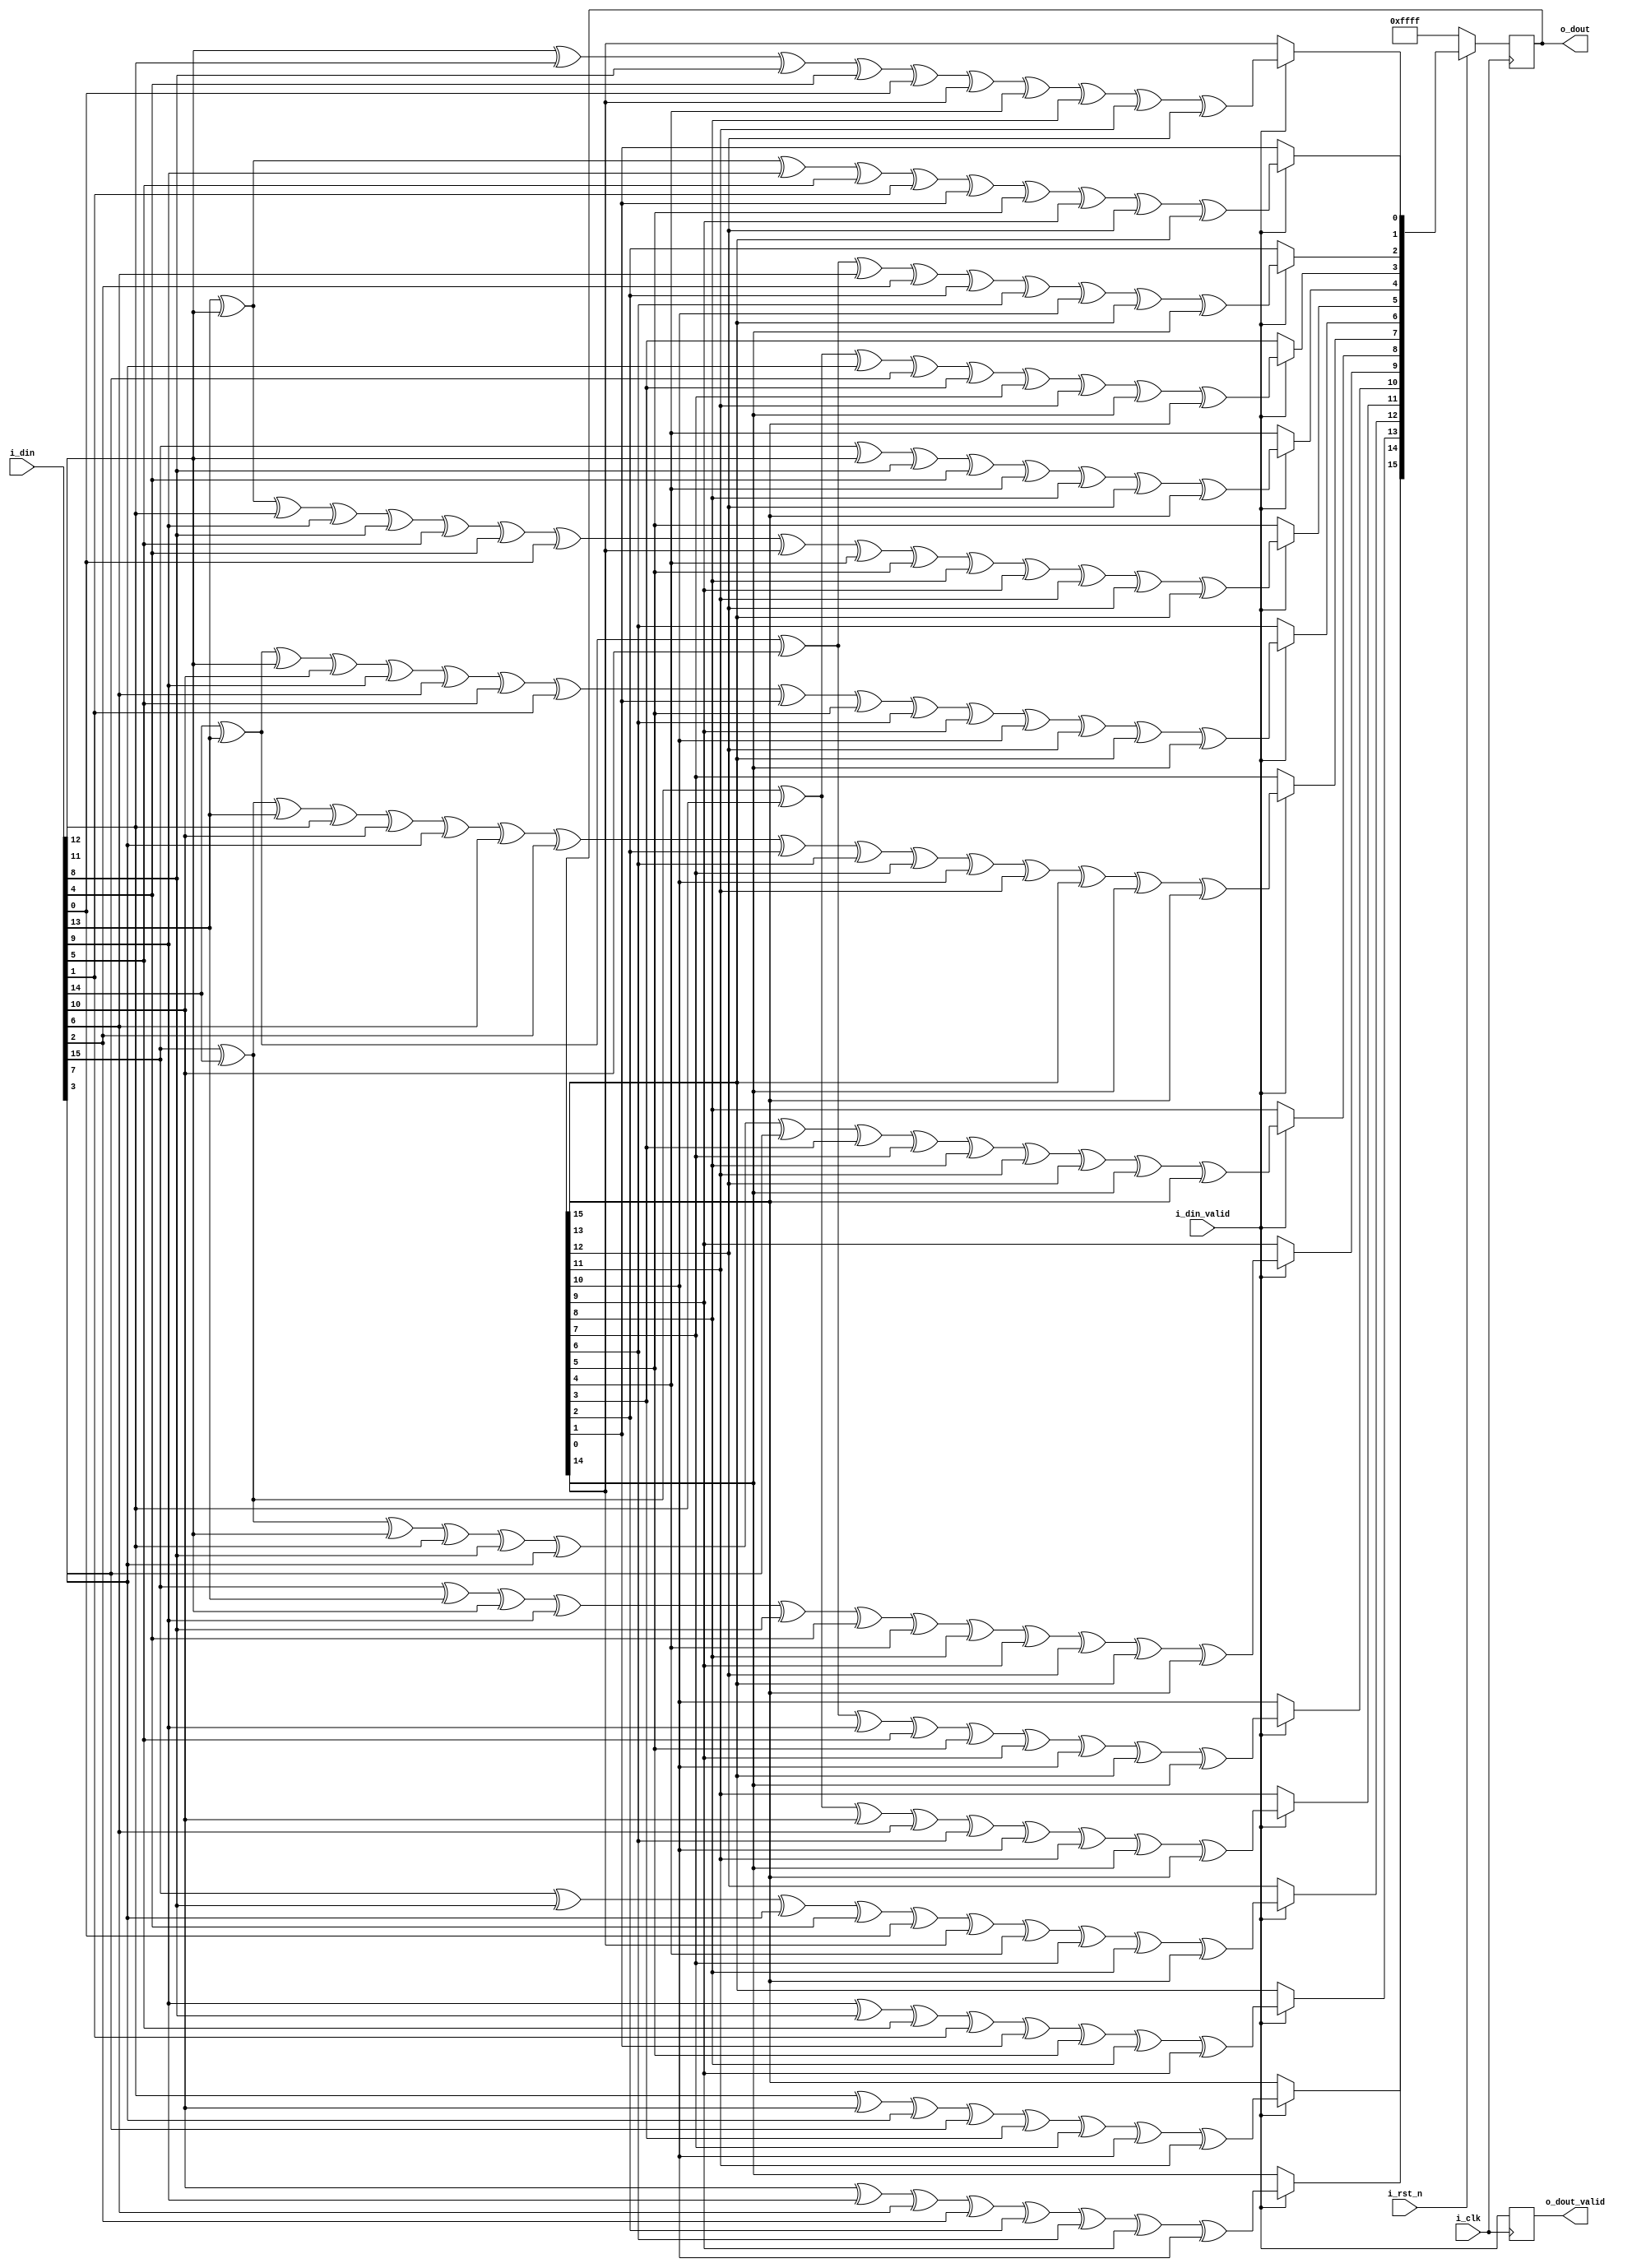
`timescale 1ns/1ns
 module CRC16(
      input     wire              i_clk                 , //
      input     wire              i_rst_n               , //
      input     wire              i_din_valid           , //
      input     wire    [15:0]    i_din                 , //
      output    wire              o_dout_valid          , //CRC
      output    wire    [15:0]    o_dout                  //CRC         
  );
 reg [15:0] r_dout;
 wire [15:0] d;
 wire [15:0] c;
 assign d = i_din;
 assign c = r_dout;
 always @(posedge i_clk) begin
     if (~i_rst_n) 
         r_dout <= 16'hffff; //ffff
     else if (i_din_valid) 
     begin //
         r_dout[0]  = d[12] ^ d[11] ^ d[8] ^ d[4] ^ d[0] ^ c[0] ^ c[4] ^ c[8] ^ c[11] ^ c[12];
         r_dout[1]  = d[13] ^ d[12] ^ d[9] ^ d[5] ^ d[1] ^ c[1] ^ c[5] ^ c[9] ^ c[12] ^ c[13];
         r_dout[2]  = d[14] ^ d[13] ^ d[10] ^ d[6] ^ d[2] ^ c[2] ^ c[6] ^ c[10] ^ c[13] ^ c[14];
         r_dout[3]  = d[15] ^ d[14] ^ d[11] ^ d[7] ^ d[3] ^ c[3] ^ c[7] ^ c[11] ^ c[14] ^ c[15];
         r_dout[4]  = d[15] ^ d[12] ^ d[8] ^ d[4] ^ c[4] ^ c[8] ^ c[12] ^ c[15];
         r_dout[5]  = d[13] ^ d[12] ^ d[11] ^ d[9] ^ d[8] ^ d[5] ^ d[4] ^ d[0] ^ c[0] ^ c[4] ^ c[5] ^ c[8] ^ c[9] ^ c[11] ^ c[12] ^ c[13];
         r_dout[6]  = d[14] ^ d[13] ^ d[12] ^ d[10] ^ d[9] ^ d[6] ^ d[5] ^ d[1] ^ c[1] ^ c[5] ^ c[6] ^ c[9] ^ c[10] ^ c[12] ^ c[13] ^ c[14];
         r_dout[7]  = d[15] ^ d[14] ^ d[13] ^ d[11] ^ d[10] ^ d[7] ^ d[6] ^ d[2] ^ c[2] ^ c[6] ^ c[7] ^ c[10] ^ c[11] ^ c[13] ^ c[14] ^ c[15];
         r_dout[8]  = d[15] ^ d[14] ^ d[12] ^ d[11] ^ d[8] ^ d[7] ^ d[3] ^ c[3] ^ c[7] ^ c[8] ^ c[11] ^ c[12] ^ c[14] ^ c[15];
         r_dout[9]  = d[15] ^ d[13] ^ d[12] ^ d[9] ^ d[8] ^ d[4] ^ c[4] ^ c[8] ^ c[9] ^ c[12] ^ c[13] ^ c[15];
         r_dout[10] = d[14] ^ d[13] ^ d[10] ^ d[9] ^ d[5] ^ c[5] ^ c[9] ^ c[10] ^ c[13] ^ c[14];
         r_dout[11] = d[15] ^ d[14] ^ d[11] ^ d[10] ^ d[6] ^ c[6] ^ c[10] ^ c[11] ^ c[14] ^ c[15];
         r_dout[12] = d[15] ^ d[8] ^ d[7] ^ d[4] ^ d[0] ^ c[0] ^ c[4] ^ c[7] ^ c[8] ^ c[15];
         r_dout[13] = d[9] ^ d[8] ^ d[5] ^ d[1] ^ c[1] ^ c[5] ^ c[8] ^ c[9];
         r_dout[14] = d[10] ^ d[9] ^ d[6] ^ d[2] ^ c[2] ^ c[6] ^ c[9] ^ c[10];
         r_dout[15] = d[11] ^ d[10] ^ d[7] ^ d[3] ^ c[3] ^ c[7] ^ c[10] ^ c[11];
     end
 end 
 reg r_dout_valid = 0; 
 always @(posedge i_clk) //CRC
 begin
     r_dout_valid <= i_din_valid;
 end
 
 assign o_dout_valid = r_dout_valid;
 assign o_dout = r_dout ;
 
 endmodule // end the crc16_test model;